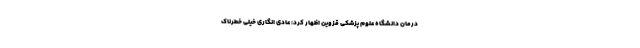
درمان دانشگاه علوم پزشکی قزوین اظهار کرد: عادی انگاری خیلی خطرناک